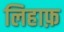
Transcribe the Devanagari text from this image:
लिहाफ़